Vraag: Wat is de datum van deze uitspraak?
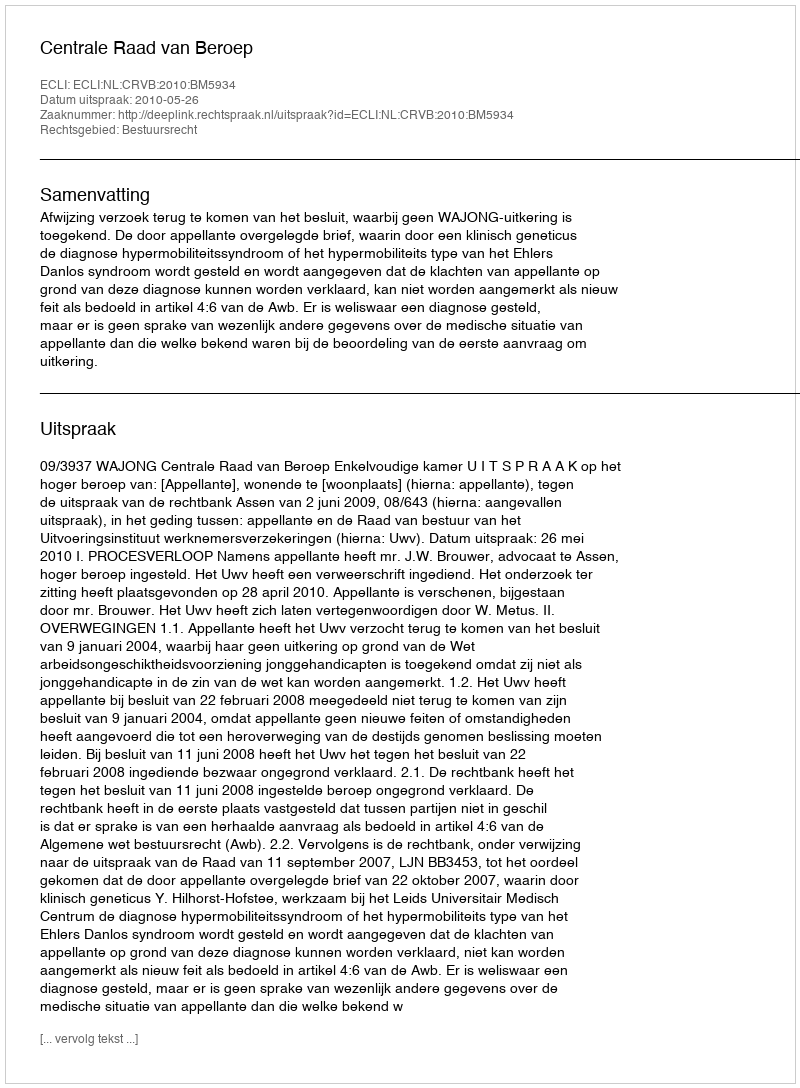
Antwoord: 2010-05-26